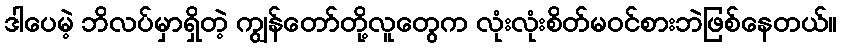
ဒါပေမဲ့ ဘိလပ်မှာရှိတဲ့ ကျွန်တော်တို့လူတွေက လုံးလုံးစိတ်မဝင်စားဘဲဖြစ်နေတယ်။